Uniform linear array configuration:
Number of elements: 12
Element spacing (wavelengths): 0.75
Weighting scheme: binomial
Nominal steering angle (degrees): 30
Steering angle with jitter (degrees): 30.921
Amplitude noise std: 0.05
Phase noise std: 0.05

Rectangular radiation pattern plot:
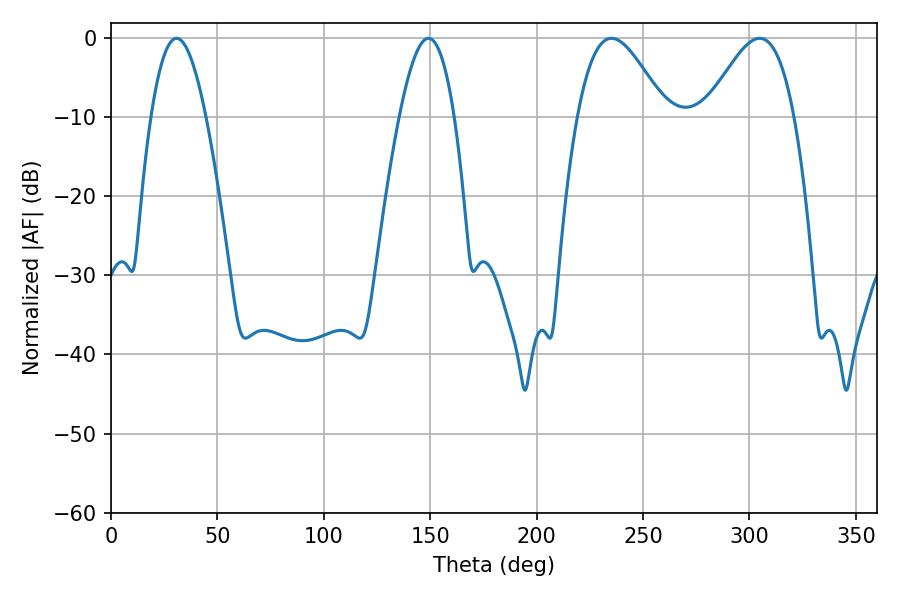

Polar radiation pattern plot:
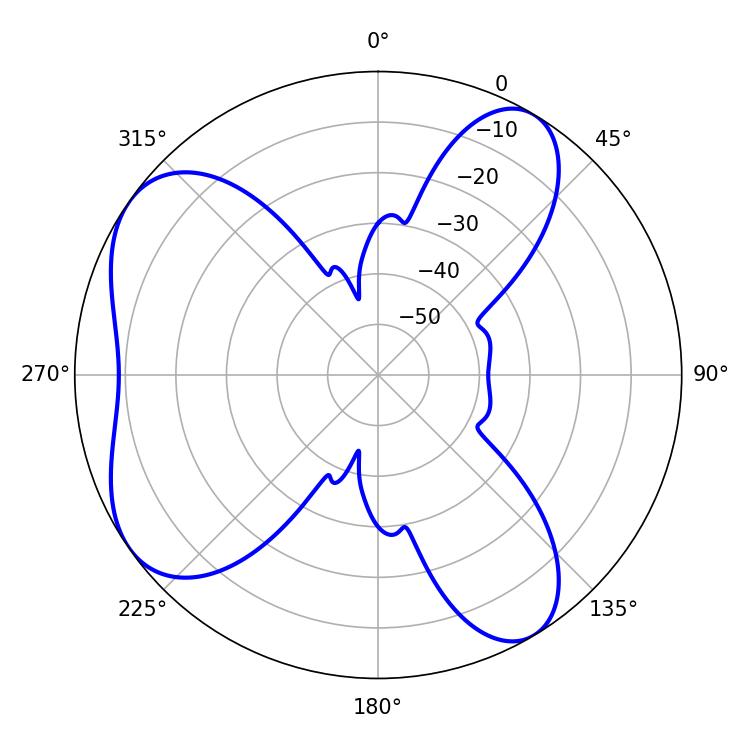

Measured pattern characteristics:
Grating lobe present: TRUE
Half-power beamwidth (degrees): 14.04
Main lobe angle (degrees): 30.78